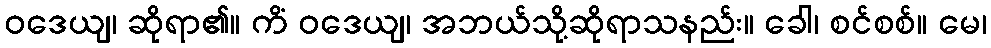
ဝဒေယျ၊ ဆိုရာ၏။ ကိံ ဝဒေယျ၊ အဘယ်သို့ဆိုရာသနည်း။ ခေါ၊ စင်စစ်။ မေ၊